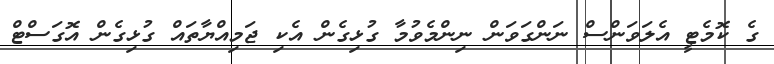
ގެ ކޮމެޓީ އެލަވަންސް ނަންގަވަން ނިންމެވުމާ ގުޅިގެން އެކި ޖަމިއްޔާތައް ގުޅިގެން އޮގަސްޓް